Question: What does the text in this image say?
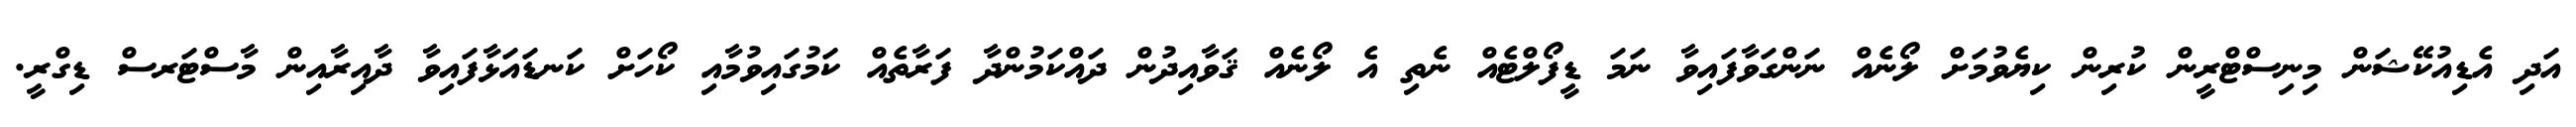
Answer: އަދި އެޑިއުކޭޝަން މިނިސްޓްރީން ކުރިން ކިޔެވުމަށް ލޯނެއް ނަންގަވާފައިވާ ނަމަ ޑީފޯލްޓެއް ނެތި އެ ލޯނެއް ޤަވާއިދުން ދައްކަމުންދާ ފަރާތެއް ކަމުގައިވުމާއި ކޯހަށް ކަނޑައަޅާފައިވާ ދާއިރާއިން މާސްޓަރސް ޑިގްރީ.